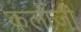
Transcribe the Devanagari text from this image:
कलोंजी